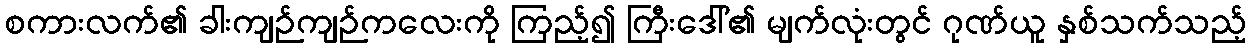
စကားလက်၏ ခါးကျဉ်ကျဉ်ကလေးကို ကြည့်၍ ကြီးဒေါ်၏ မျက်လုံးတွင် ဂုဏ်ယူ နှစ်သက်သည့်